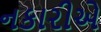
નકારીએ